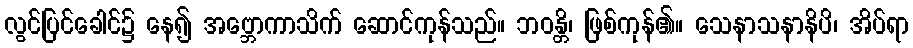
လွင်ပြင်ခေါင်၌ နေ၍ အဗ္ဘောကာသိက် ဆောင်ကုန်သည်။ ဘဝန္တိ၊ ဖြစ်ကုန်၏။ သေနာသနာနိပိ၊ အိပ်ရာ